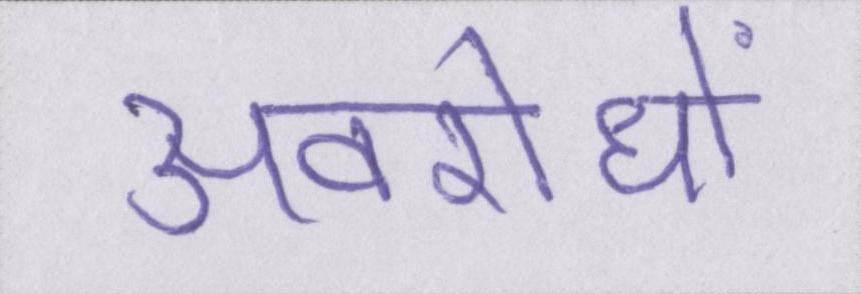
अवरोधों